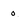
Character: 0